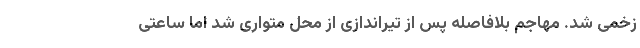
زخمی شد. مهاجم بلافاصله پس از تیراندازی از محل متواری شد اما ساعتی